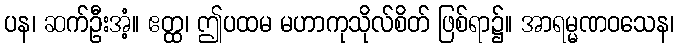
ပန၊ ဆက်ဦးအံ့။ ဧတ္ထ၊ ဤပထမ မဟာကုသိုလ်စိတ် ဖြစ်ရာ၌။ အာရမ္မဏဝသေန၊